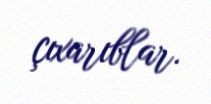
çıxarıblar.